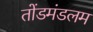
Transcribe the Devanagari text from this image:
तोंडमंडलम